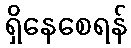
ရှိနေစေရန်